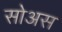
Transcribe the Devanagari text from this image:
सोअस